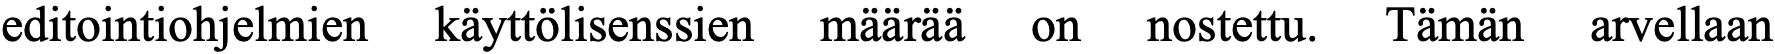
editointiohjelmien käyttölisenssien määrää on nostettu. Tämän arvellaan